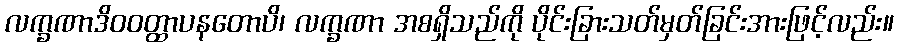
လက္ခဏာဒိဝဝတ္ထာပနတောပိ၊ လက္ခဏာ အစရှိသည်ကို ပိုင်းခြားသတ်မှတ်ခြင်းအားဖြင့်လည်း။